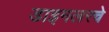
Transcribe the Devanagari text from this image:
डाइमलरचे